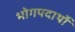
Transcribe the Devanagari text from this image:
भोगपदार्थो